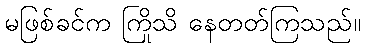
မဖြစ်ခင်က ကြိုသိ နေတတ်ကြသည်။